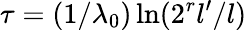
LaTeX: \tau=(1/\lambda_{0})\ln(2^{r}l^{\prime}/l)